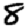
Digit: 8